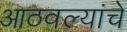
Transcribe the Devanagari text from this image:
आठवल्यांचे